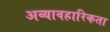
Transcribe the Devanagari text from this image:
अव्यावहारिकता